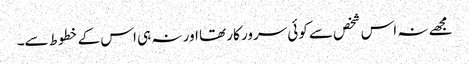
مجھے نہ اس شخص سے کوئی سرور کار تھا اور نہ ہی اس کے خطوط سے۔